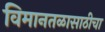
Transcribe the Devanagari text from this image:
विमानतळासाठीचा